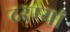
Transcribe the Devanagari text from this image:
दरम्‍यां